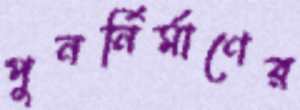
পুনর্নির্মাণের